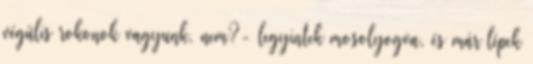
végülis rokonok vagyunk, nem?- legyintek mosolyogva, és már lépek